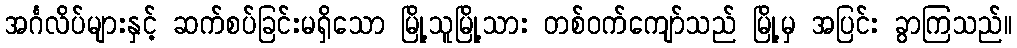
အင်္ဂလိပ်များနှင့် ဆက်စပ်ခြင်းမရှိသော မြို့သူမြို့သား တစ်ဝက်ကျော်သည် မြို့မှ အပြင်း ခွာကြသည်။